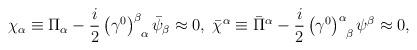
LaTeX: \begin{align*}\chi _{\alpha }\equiv \Pi _{\alpha }-\frac{i}{2}\left( \gamma ^{0}\right)_{\;\;\alpha }^{\beta }\bar{\psi}_{\beta }\approx 0,\;\bar{\chi}^{\alpha}\equiv \bar{\Pi}^{\alpha }-\frac{i}{2}\left( \gamma ^{0}\right) _{\;\;\beta}^{\alpha }\psi ^{\beta }\approx 0, \end{align*}